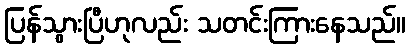
ပြန်သွားပြီဟုလည်း သတင်းကြားနေသည်။